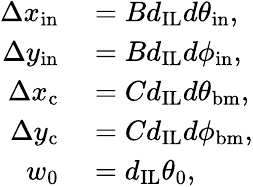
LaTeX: \begin{array}{rl}{\Delta x_{\mathrm{in}}}&{{}=Bd_{\mathrm{IL}}d\theta_{\mathrm{in}},}\\ {\Delta y_{\mathrm{in}}}&{{}=Bd_{\mathrm{IL}}d\phi_{\mathrm{in}},}\\ {\Delta x_{\mathrm{c}}}&{{}=Cd_{\mathrm{IL}}d\theta_{\mathrm{bm}},}\\ {\Delta y_{\mathrm{c}}}&{{}=Cd_{\mathrm{IL}}d\phi_{\mathrm{bm}},}\\ {w_{0}}&{{}=d_{\mathrm{IL}}\theta_{0},}\end{array}